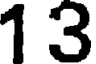
1 3